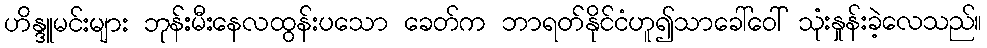
ဟိန္ဒူမင်းများ ဘုန်းမီးနေလထွန်းပသော ခေတ်က ဘာရတ်နိုင်ငံဟူ၍သာခေါ်ဝေါ် သုံးနှုန်းခဲ့လေသည်။